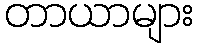
တာယာများ